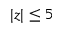
| z | \leq 5